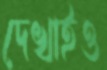
দেখাইও